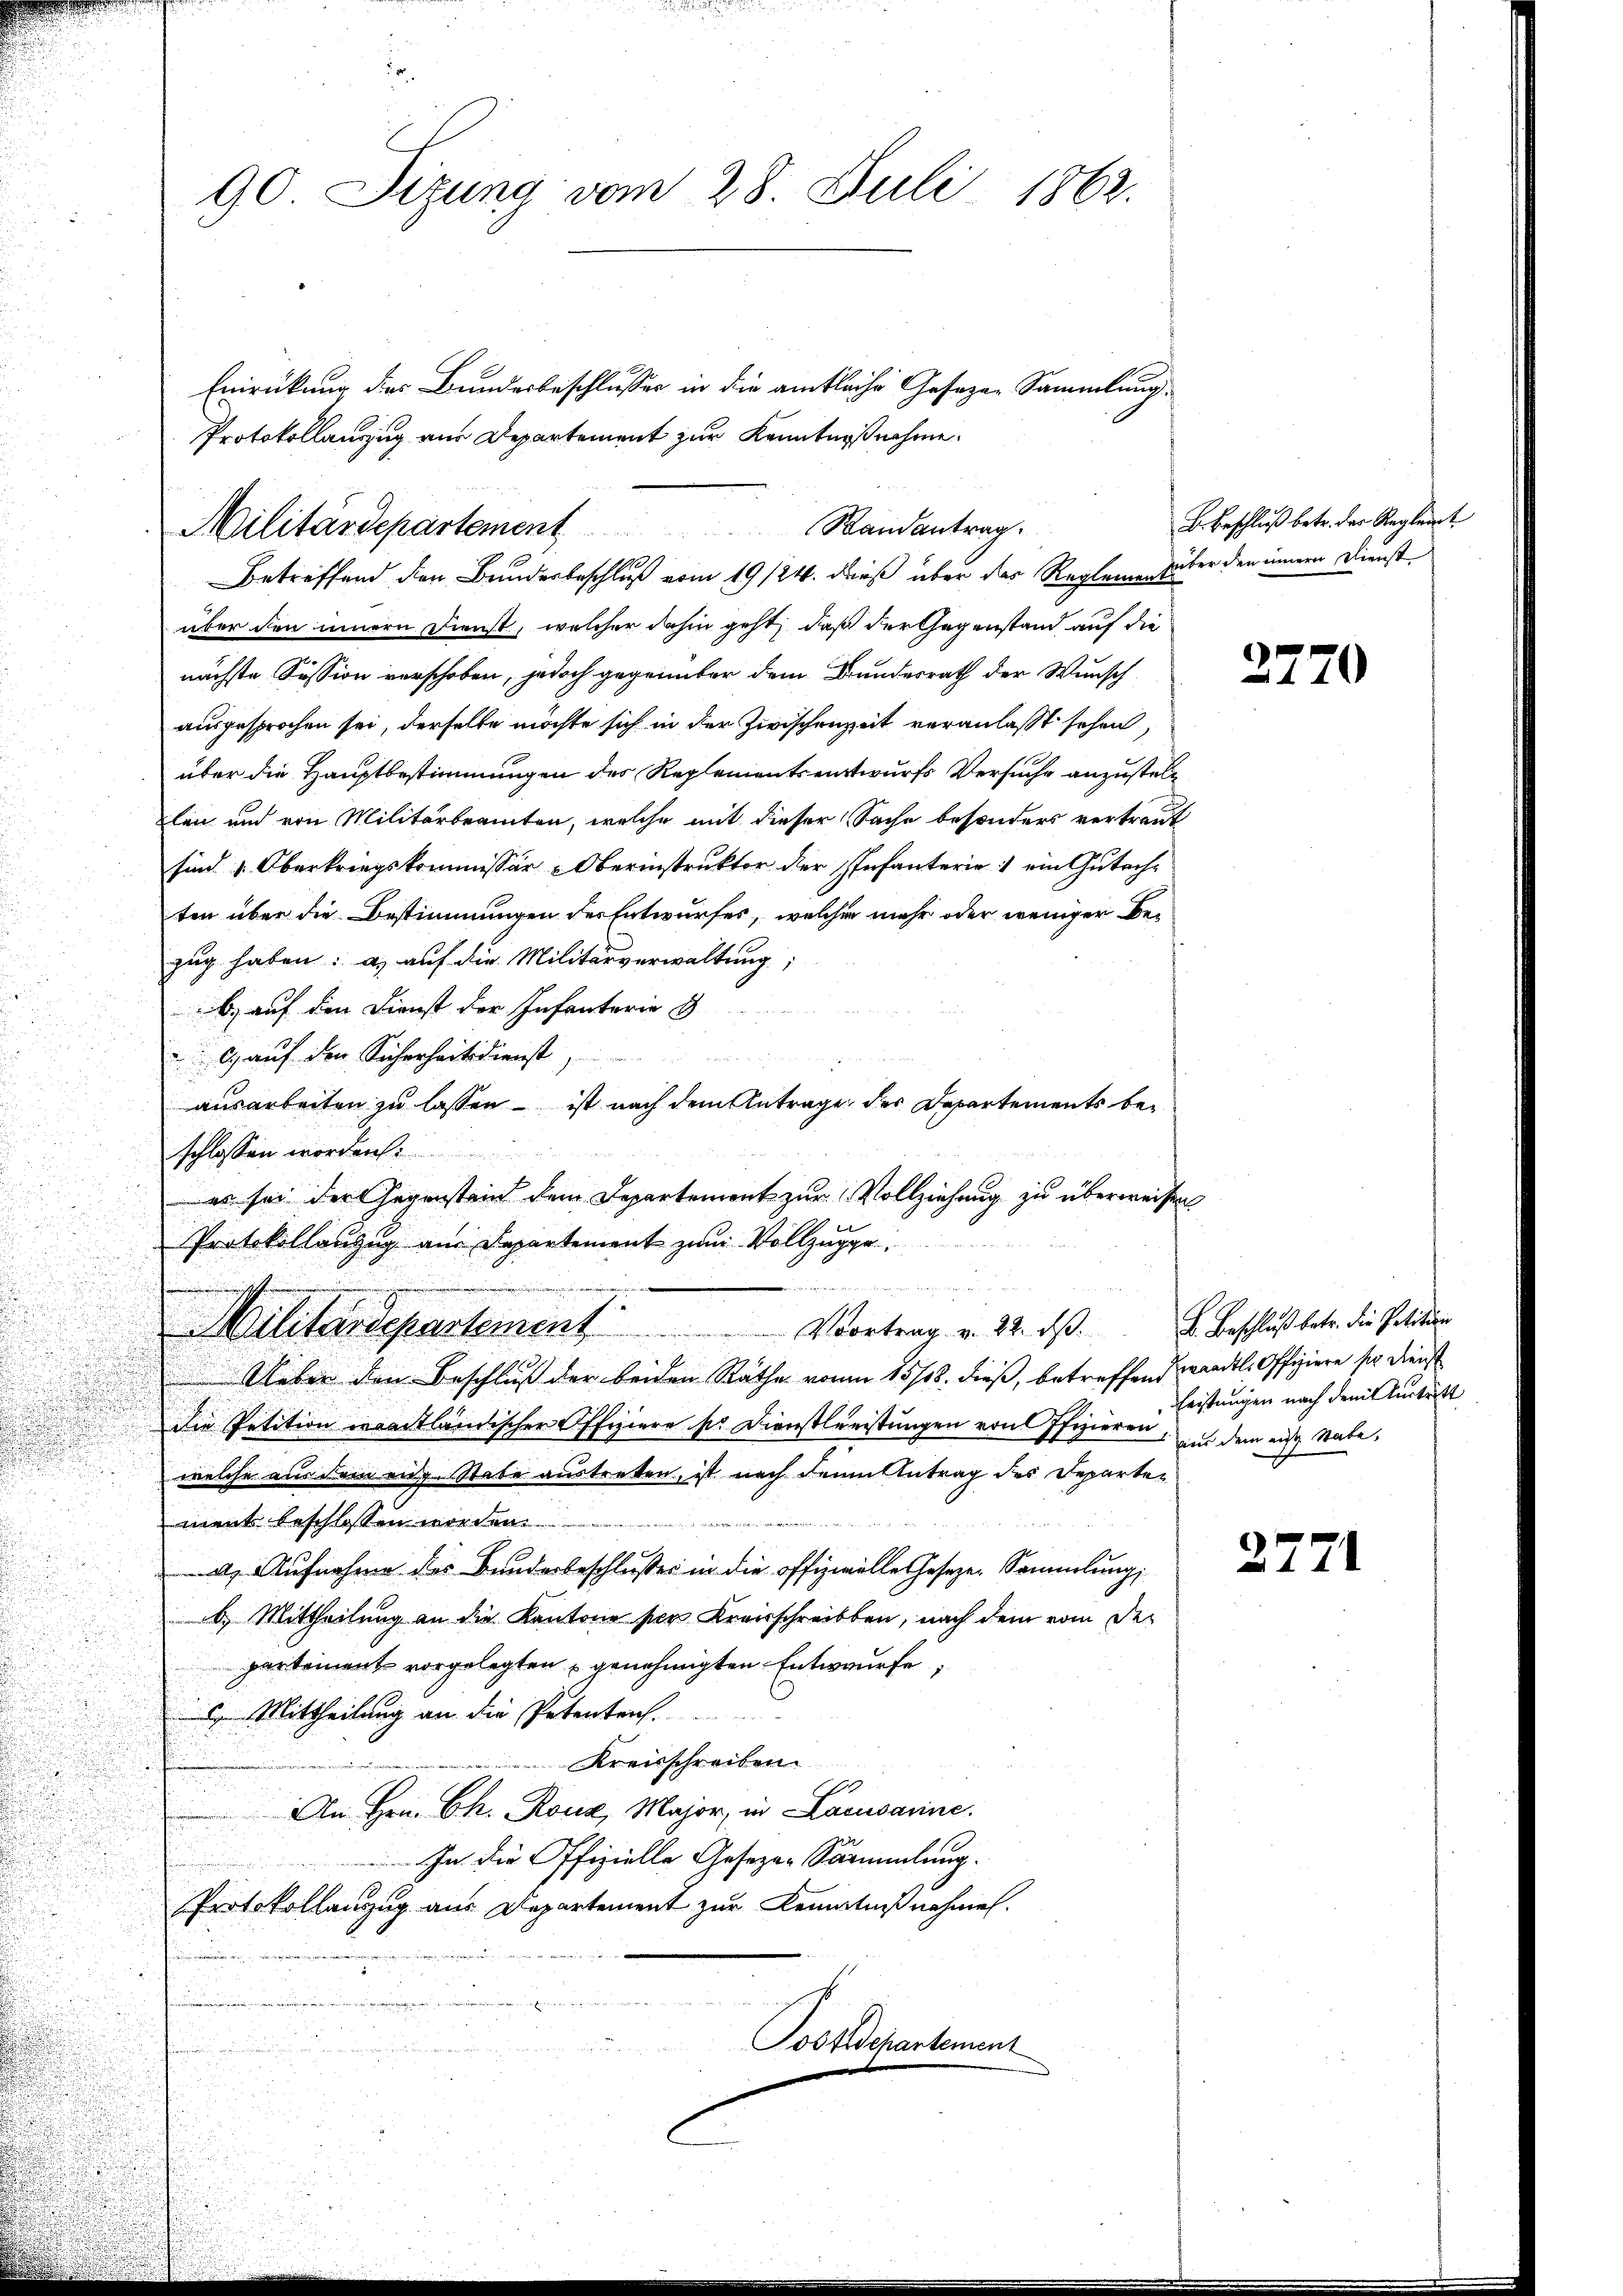
über den innern Dienst, welcher dahin geht, daß der Gegenstand auf die
nächste Sission verschoben, jedoch gegrünter dem Bundesrath der Wunsch
ausgesprochen sei, derselbe möchte sich in der Zwischenzeit veranlasst sehen,
über die Hauptbestimmungen des Reglementsentwurfs Versuche anzustelxlen und von Militärbeamten, welche mit dieser Sache besonders vertraut
sind u. Oberkriegskommissär-Oberinstruktor der Infanterie) ein Gutachten über die Bestimmungen der Entwurfes, welcher mehr oder weniger Be-
zug haben: a) auf die Militärverwaltung;
b.) auf den Dienst der Infanterie &
s
6) auf den Sicherheitsdienst,
ausarbeiten zu lassen – ist nach dem Antrage der Departements be¬

schlossen worden.
es sei der Gegenstand dem Departement zur Vollziehung zu überweisen
Protokollanzug am Departement zum Vollzugge
d
Militärdepartement. Vortrag v. 22. ds. Beschluß betr. die Petition
Ueber den Beschluß der beiden Räthe von 15/18. dieß, betreffend wandtl. Offiziere sie dienst
Die Petition waadtländischer Offiziere so Dienstleistungen von Pfizieren, und dem aus Nate,
welche aus dem eidg. Stabe austretten, ist nach denn Antrag des Departe¬
u
ment beschlossen werden
a. Aufnahme des Bunderbeschlußes in die offizielle Geseze Sammlung,
b. Mittheilung an die Kantone ser Kreisschreiben, nach dem vom Departement vorgelegten genehmigten Entwurfe.
 Mittheilung an die Petenten.
Kreisschreiben.
E
An Hrn. Ch. Rock, Major, in Lacusarine.
In die Offizielle Gesezen Sammlung.
Protokollanzug aus Departement zur Kenntnisnahmen.
Postchartement

90 Sizung vom 28. Juli 1862.

Einrückung des Bundesbeschlusser in die amtliche Gesetzen Sammlung
Protokollauszug aus Departement zur Kenntnißnahme.
Randantrag.
Militärdepartement
Betreffend den Bundesbeschluß vom 19/24. dieß über der Regleme über den innern Dienst

B. Beschluß betr. der Regleit

3770

leistungen nach dem Austritt

2771